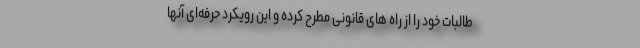
طالبات خود را از راه های قانونی مطرح کرده و این رویکرد حرفه‌ای آنها